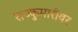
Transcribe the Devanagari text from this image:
राज्कुमारीवर